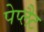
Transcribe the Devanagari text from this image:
पेप्लैट